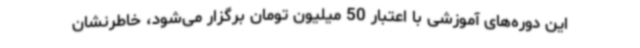
این دوره‌های آموزشی با اعتبار 50 میلیون تومان برگزار می‌شود، خاطرنشان